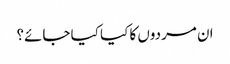
ان مردوں کا کیا کیا جائے؟